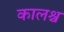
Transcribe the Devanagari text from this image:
कालश्च